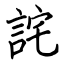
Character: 詫